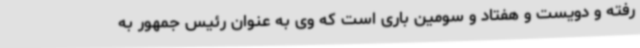
رفته و دویست و هفتاد و سومین باری است که وی به عنوان رئیس جمهور به